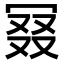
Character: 𠖎